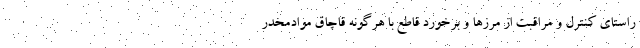
راستای کنترل و مراقبت از مرزها و برخورد قاطع با هرگونه قاچاق موادمخدر